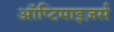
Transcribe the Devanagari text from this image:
ऑप्टिमाइज़र्स